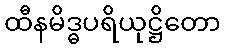
ထီနမိဒ္ဓပရိယုဋ္ဌိတော